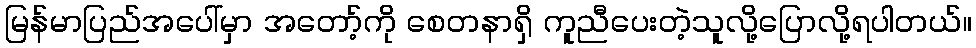
မြန်မာပြည်အပေါ်မှာ အတော့်ကို စေတနာရှိ ကူညီပေးတဲ့သူလို့ပြောလို့ရပါတယ်။